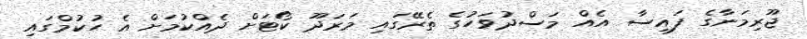
ޖޫރިމަނާގެ ފައިސާ އެއް މަސްދުވަހުގެ ތެރޭގައި މަރަދޫ ކޯޓަށް ދެއްކުމަށް އެ ހުކުމްގައި